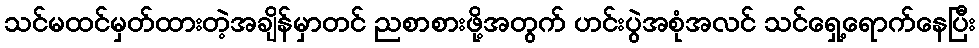
သင်မထင်မှတ်ထားတဲ့အချိန်မှာတင် ညစာစားဖို့အတွက် ဟင်းပွဲအစုံအလင် သင်ရှေ့ရောက်နေပြီး